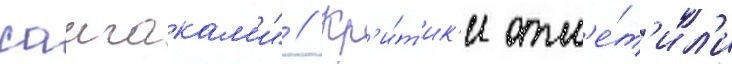
саигакам'и" // Кр'и́т'ик'и отм'е́т'ил'и